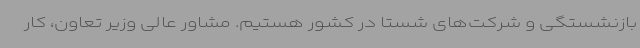
بازنشستگی و شرکت‌های شستا در کشور هستیم. مشاور عالی وزیر تعاون، کار